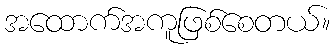
အထောက်အကူဖြစ်စေတယ်။